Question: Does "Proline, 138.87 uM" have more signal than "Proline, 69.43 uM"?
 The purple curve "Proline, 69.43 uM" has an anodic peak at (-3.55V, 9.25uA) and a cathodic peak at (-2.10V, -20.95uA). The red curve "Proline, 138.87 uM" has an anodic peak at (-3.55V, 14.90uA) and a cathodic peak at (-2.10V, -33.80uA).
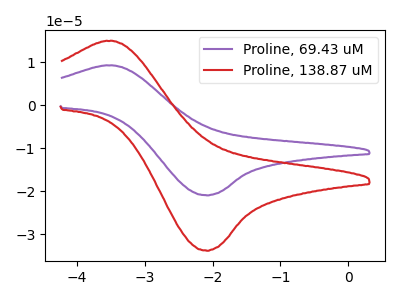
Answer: <think>All the peaks in "Proline, 138.87 uM" have a peak in "Proline, 69.43 uM" at the same potential. Every peak in "Proline, 138.87 uM" is higher than every peak in "Proline, 69.43 uM".
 </think>
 <answer>"Proline, 138.87 uM" has more signal than "Proline, 69.43 uM".</answer>
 <eval>more_signal</eval>